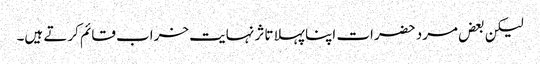
لیکن بعض مرد حضرات اپنا پہلا تاثر نہایت خراب قائم کرتے ہیں۔